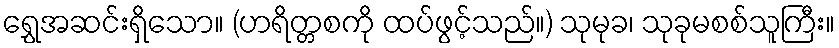
ရွှေအဆင်းရှိသော။ (ဟရိတ္တစကို ထပ်ဖွင့်သည်။) သုမုခ၊ သုခုမစစ်သူကြီး။